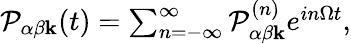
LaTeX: \begin{array}{r}{\mathcal{P}_{\alpha\beta\mathbf{k}}(t)=\sum_{n=-\infty}^{\infty}\mathcal{P}_{\alpha\beta\mathbf{k}}^{(n)}e^{in\Omega t},}\end{array}